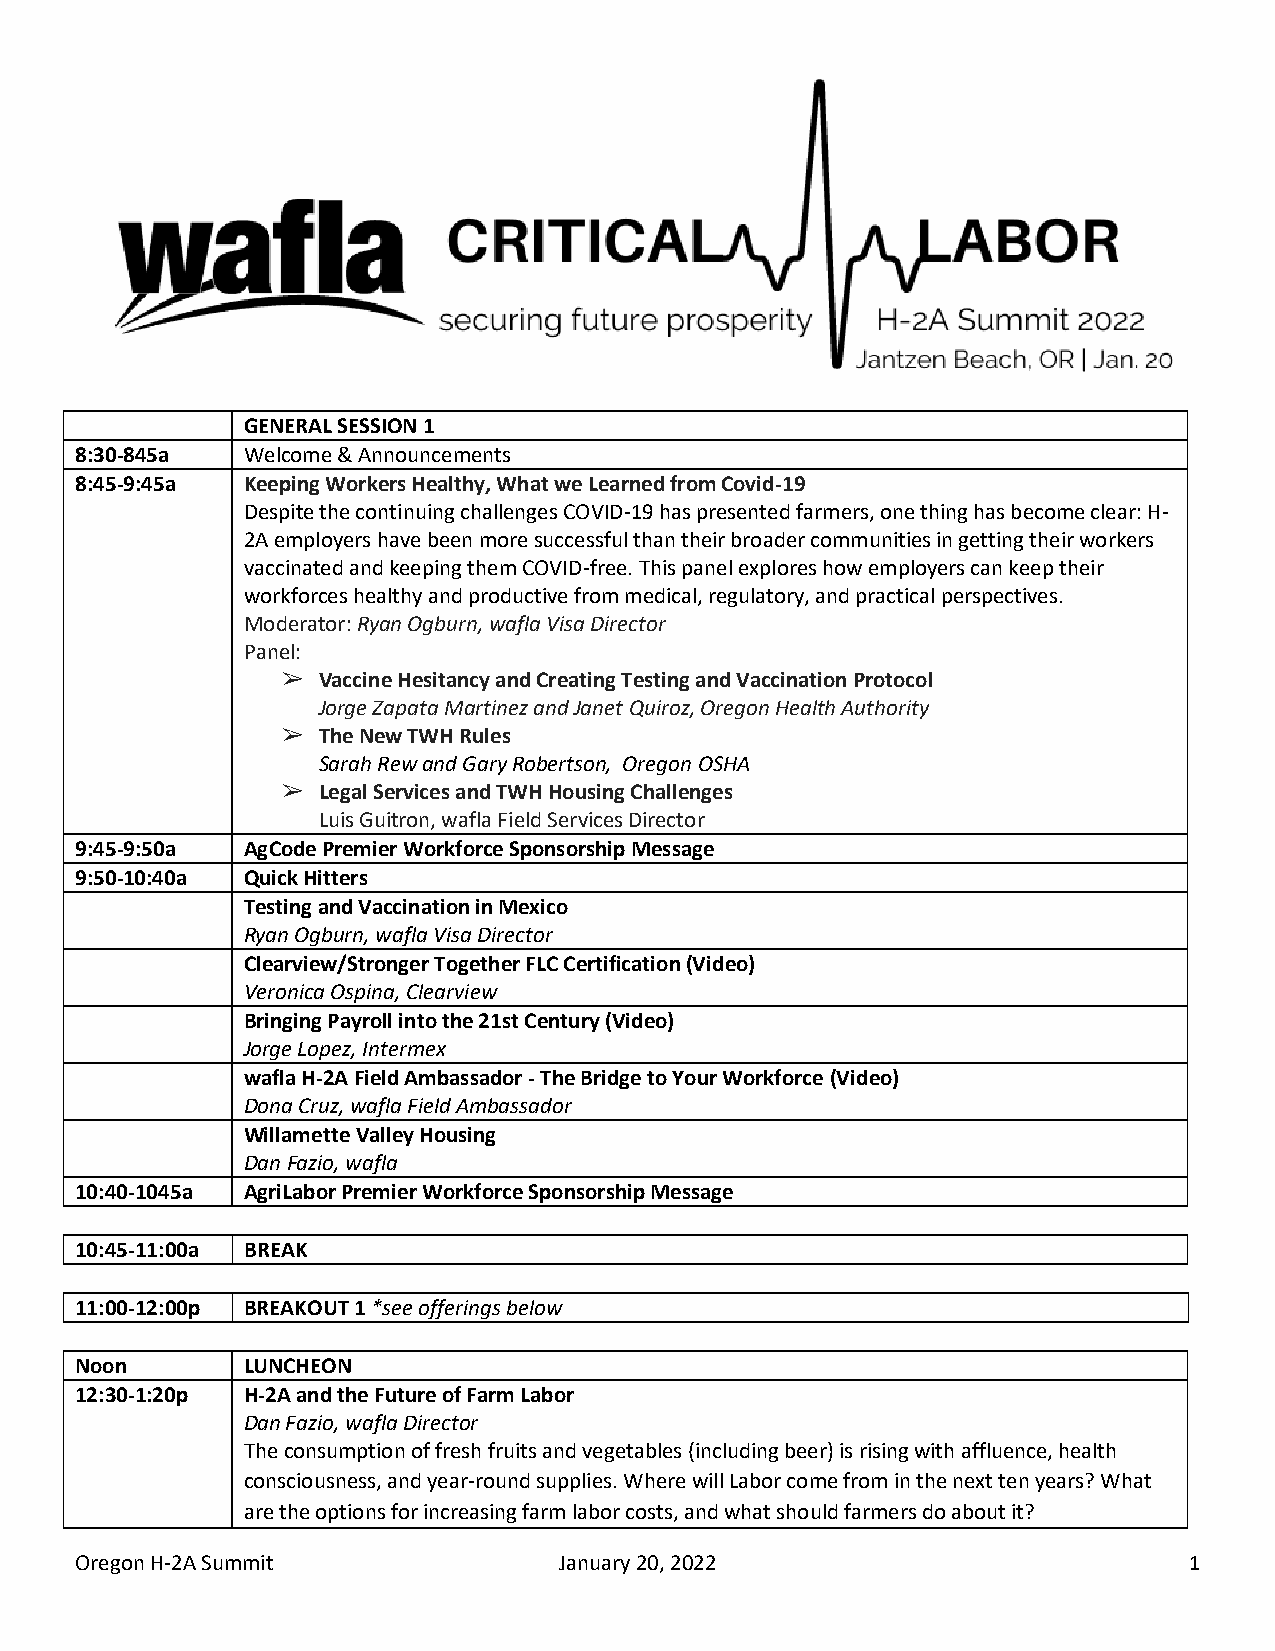
GENERAL SESSION 1
 8:30-845a  Welcome & Announcements
 8:45-9:45a Keeping Workers Healthy, What we Learned from Covid-19
 Despite the continuing challenges COVID-19 has presented farmers, one thing has become clear: H-
 2A employers have been more successful than their broader communities in getting their workers
 vaccinated and keeping them COVID-free. This panel explores how employers can keep their
 workforces healthy and productive from medical, regulatory, and practical perspectives.
 Moderator: Ryan Ogburn, wafla Visa Director
 Panel:
 ➢ Vaccine Hesitancy and Creating Testing and Vaccination Protocol
 Jorge Zapata Martinez and Janet Quiroz, Oregon Health Authority
 ➢ The New TWH Rules
 Sarah Rew and Gary Robertson, Oregon OSHA
 ➢ Legal Services and TWH Housing Challenges
 Luis Guitron, wafla Field Services Director
 9:45-9:50a AgCode Premier Workforce Sponsorship Message
 9:50-10:40a Quick Hitters
 Testing and Vaccination in Mexico
 Ryan Ogburn, wafla Visa Director
 Clearview/Stronger Together FLC Certification (Video)
 Veronica Ospina, Clearview
 Bringing Payroll into the 21st Century (Video)
 Jorge Lopez, Intermex
 wafla H-2A Field Ambassador - The Bridge to Your Workforce (Video)
 Dona Cruz, wafla Field Ambassador
 Willamette Valley Housing
 Dan Fazio, wafla
 10:40-1045a AgriLabor Premier Workforce Sponsorship Message
 10:45-11:00a BREAK
 11:00-12:00p BREAKOUT 1 *see offerings below
 Noon       LUNCHEON
 12:30-1:20p H-2A and the Future of Farm Labor
 Dan Fazio, wafla Director
 The consumption of fresh fruits and vegetables (including beer) is rising with affluence, health
 consciousness, and year-round supplies. Where will Labor come from in the next ten years? What
 are the options for increasing farm labor costs, and what should farmers do about it?
 Oregon H-2A Summit              January 20, 2022                          1